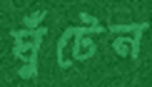
ঘুঁটেন